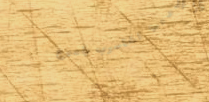
مركز تدريب الحاسوب لجميع